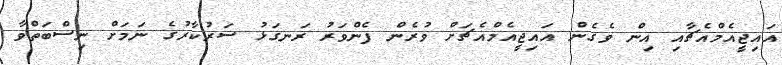
އައިޖީއެމްއެޗާއި އިން ވެގެން އައިޖީއެމްއެޗަށް ވުރެން ފެންވަރު ރަނގަޅު ސަރުކާރުގެ ނަމަަށް ނިސްބަތްވާ